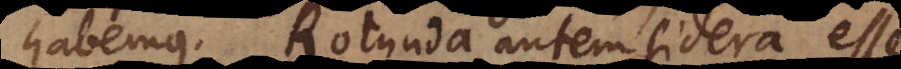
habemus. Rotunda autem sidera esse